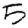
Digit: 5